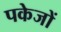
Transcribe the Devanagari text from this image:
पकेजों